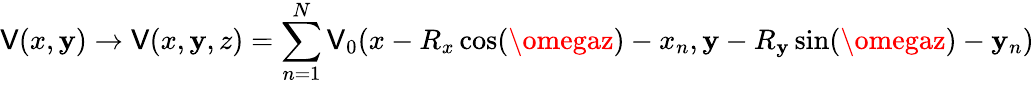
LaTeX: \mathsf{V}(x,\mathbf{y})\rightarrow\mathsf{V}(x,\mathbf{y},z)=\sum_{n=1}^{N}\mathsf{V}_{0}(x-R_{x}\cos(\omegaz)-x_{n},\mathbf{y}-R_{\mathbf{y}}\sin(\omegaz)-\mathbf{y}_{n})